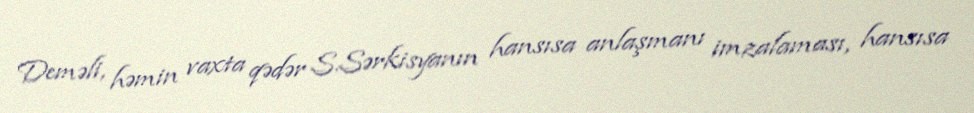
Deməli, həmin vaxta qədər S.Sərkisyanın hansısa anlaşmanı imzalaması, hansısa